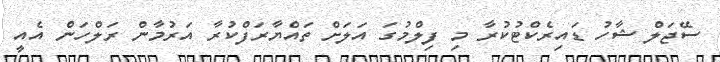
ސޭޖަލް ޝާހު ޑައިރެކްޓުކުރާ މި ފިލްމުގަ އަލަށް ތައްޔާރަފްކުރާ އަރުމާން ރަލްހަން އެއީ